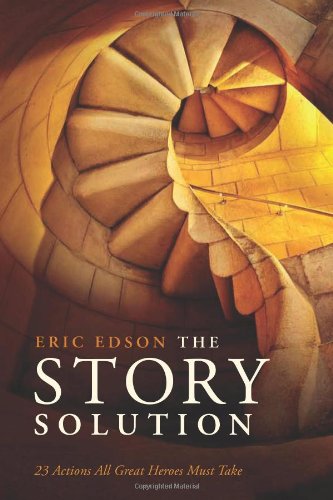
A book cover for The Story Solution: 23 Actions All Great Heroes Must Take; Eric Edson; Humor & Entertainment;